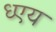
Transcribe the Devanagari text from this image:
ध्एय